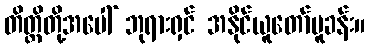
တိတ္ထိတို့အပေါ် ဘုရားရှင် အနိုင်ယူတော်မူခန်း။